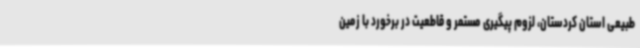
طبیعی استان کردستان، لزوم پیگیری مستمر و قاطعیت در برخورد با زمین